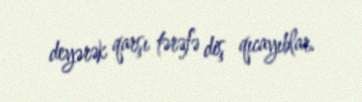
deyərək qarşı tərəfə diş qıcayıblar.